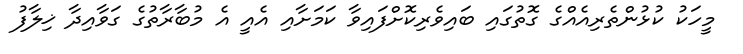
މީހަކު ކުޅުންތެރިއެއްގެ ގޮތުގައި ބައިވެރިކޮށްފައިވާ ކަމަށާއި އެއީ އެ މުބާރާތުގެ ގަވާއިދާ ޚިލާފު